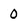
Character: 0